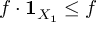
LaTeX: f \cdot { \mathbf { 1 } } _ { X _ { 1 } } \leq f